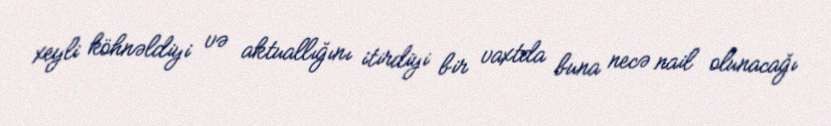
xeyli köhnəldiyi və aktuallığını itirdiyi bir vaxtda buna necə nail olunacağı